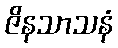
ဇိနသာသနံ